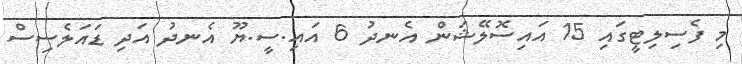
މި ފެސިލިޓީގައި 15 އައިސޮލޭޝަން އެނދު 6 އައި.ސީ.ޔޫ އެނދު އަދި ޑައަލެސިސް